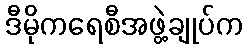
ဒီမိုကရေစီအဖွဲ့ချုပ်က